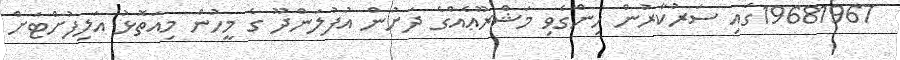
19681967ގައި ސަރުކާރުން ހިންގެވި މަޝްރޫޢެއްގެ ދަށުން އުފުލަންދޫ ގެ މީހުން މިއަތޮޅު އަލިފުށްޓަށް